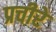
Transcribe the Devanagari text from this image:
प्रचीरे